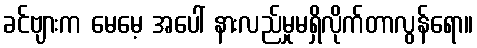
ခင်ဗျားက မေမေ့ အပေါ် နားလည်မှုမရှိလိုက်တာလွန်ရော။